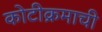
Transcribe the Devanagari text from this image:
कोटीक्रमाची